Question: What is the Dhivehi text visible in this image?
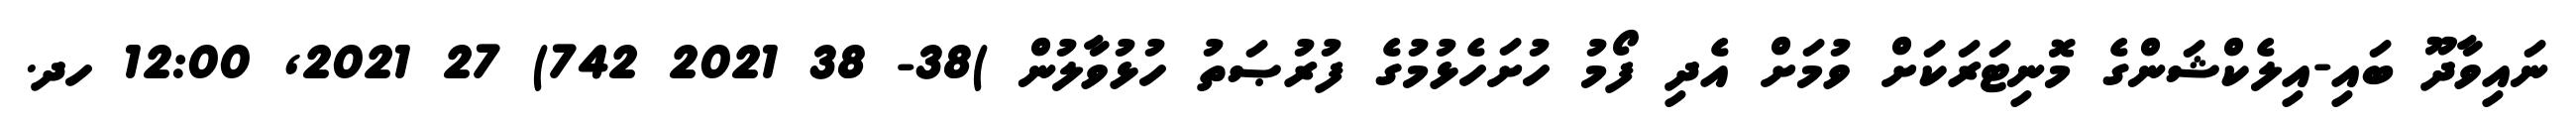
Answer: ނައިވާދޫ ބައި-އިލެކްޝަންގެ މޮނިޓަރަކަށް ވުމަށް އެދި ފޯމު ހުށަހެޅުމުގެ ފުރުޞަތު ހުޅުވާލުން )38- 38 2021 742) 27 2021, 12:00 ހދ.